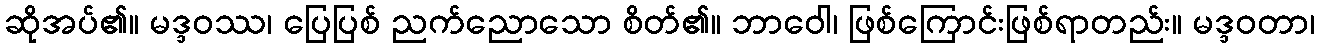
ဆိုအပ်၏။ မဒ္ဒဝဿ၊ ပြေပြစ် ညက်ညောသော စိတ်၏။ ဘာဝေါ၊ ဖြစ်ကြောင်းဖြစ်ရာတည်း။ မဒ္ဒဝတာ၊